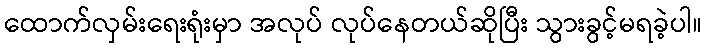
ထောက်လှမ်းရေးရုံးမှာ အလုပ် လုပ်နေတယ်ဆိုပြီး သွားခွင့်မရခဲ့ပါ။